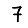
Digit: 7